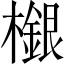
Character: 檭